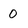
Character: 0